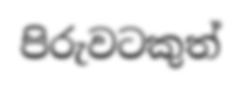
පිරුවටකුත්